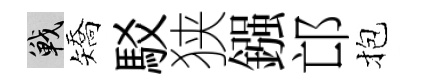
戰矯駁狭鏹邙抱